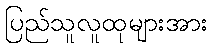
ပြည်သူလူထုများအား